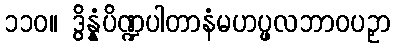
၁၁၀။ ဒွိန္နံပိဏ္ဍပါတာနံမဟပ္ဖလဘာဝပဉှာ